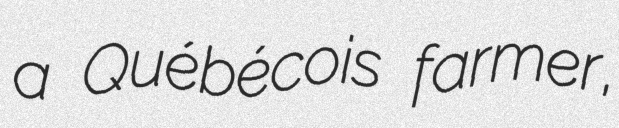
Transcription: a Québécois farmer,